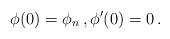
LaTeX: \begin{align*}\phi(0)=\phi_n\,,\phi'(0)=0\,.\end{align*}